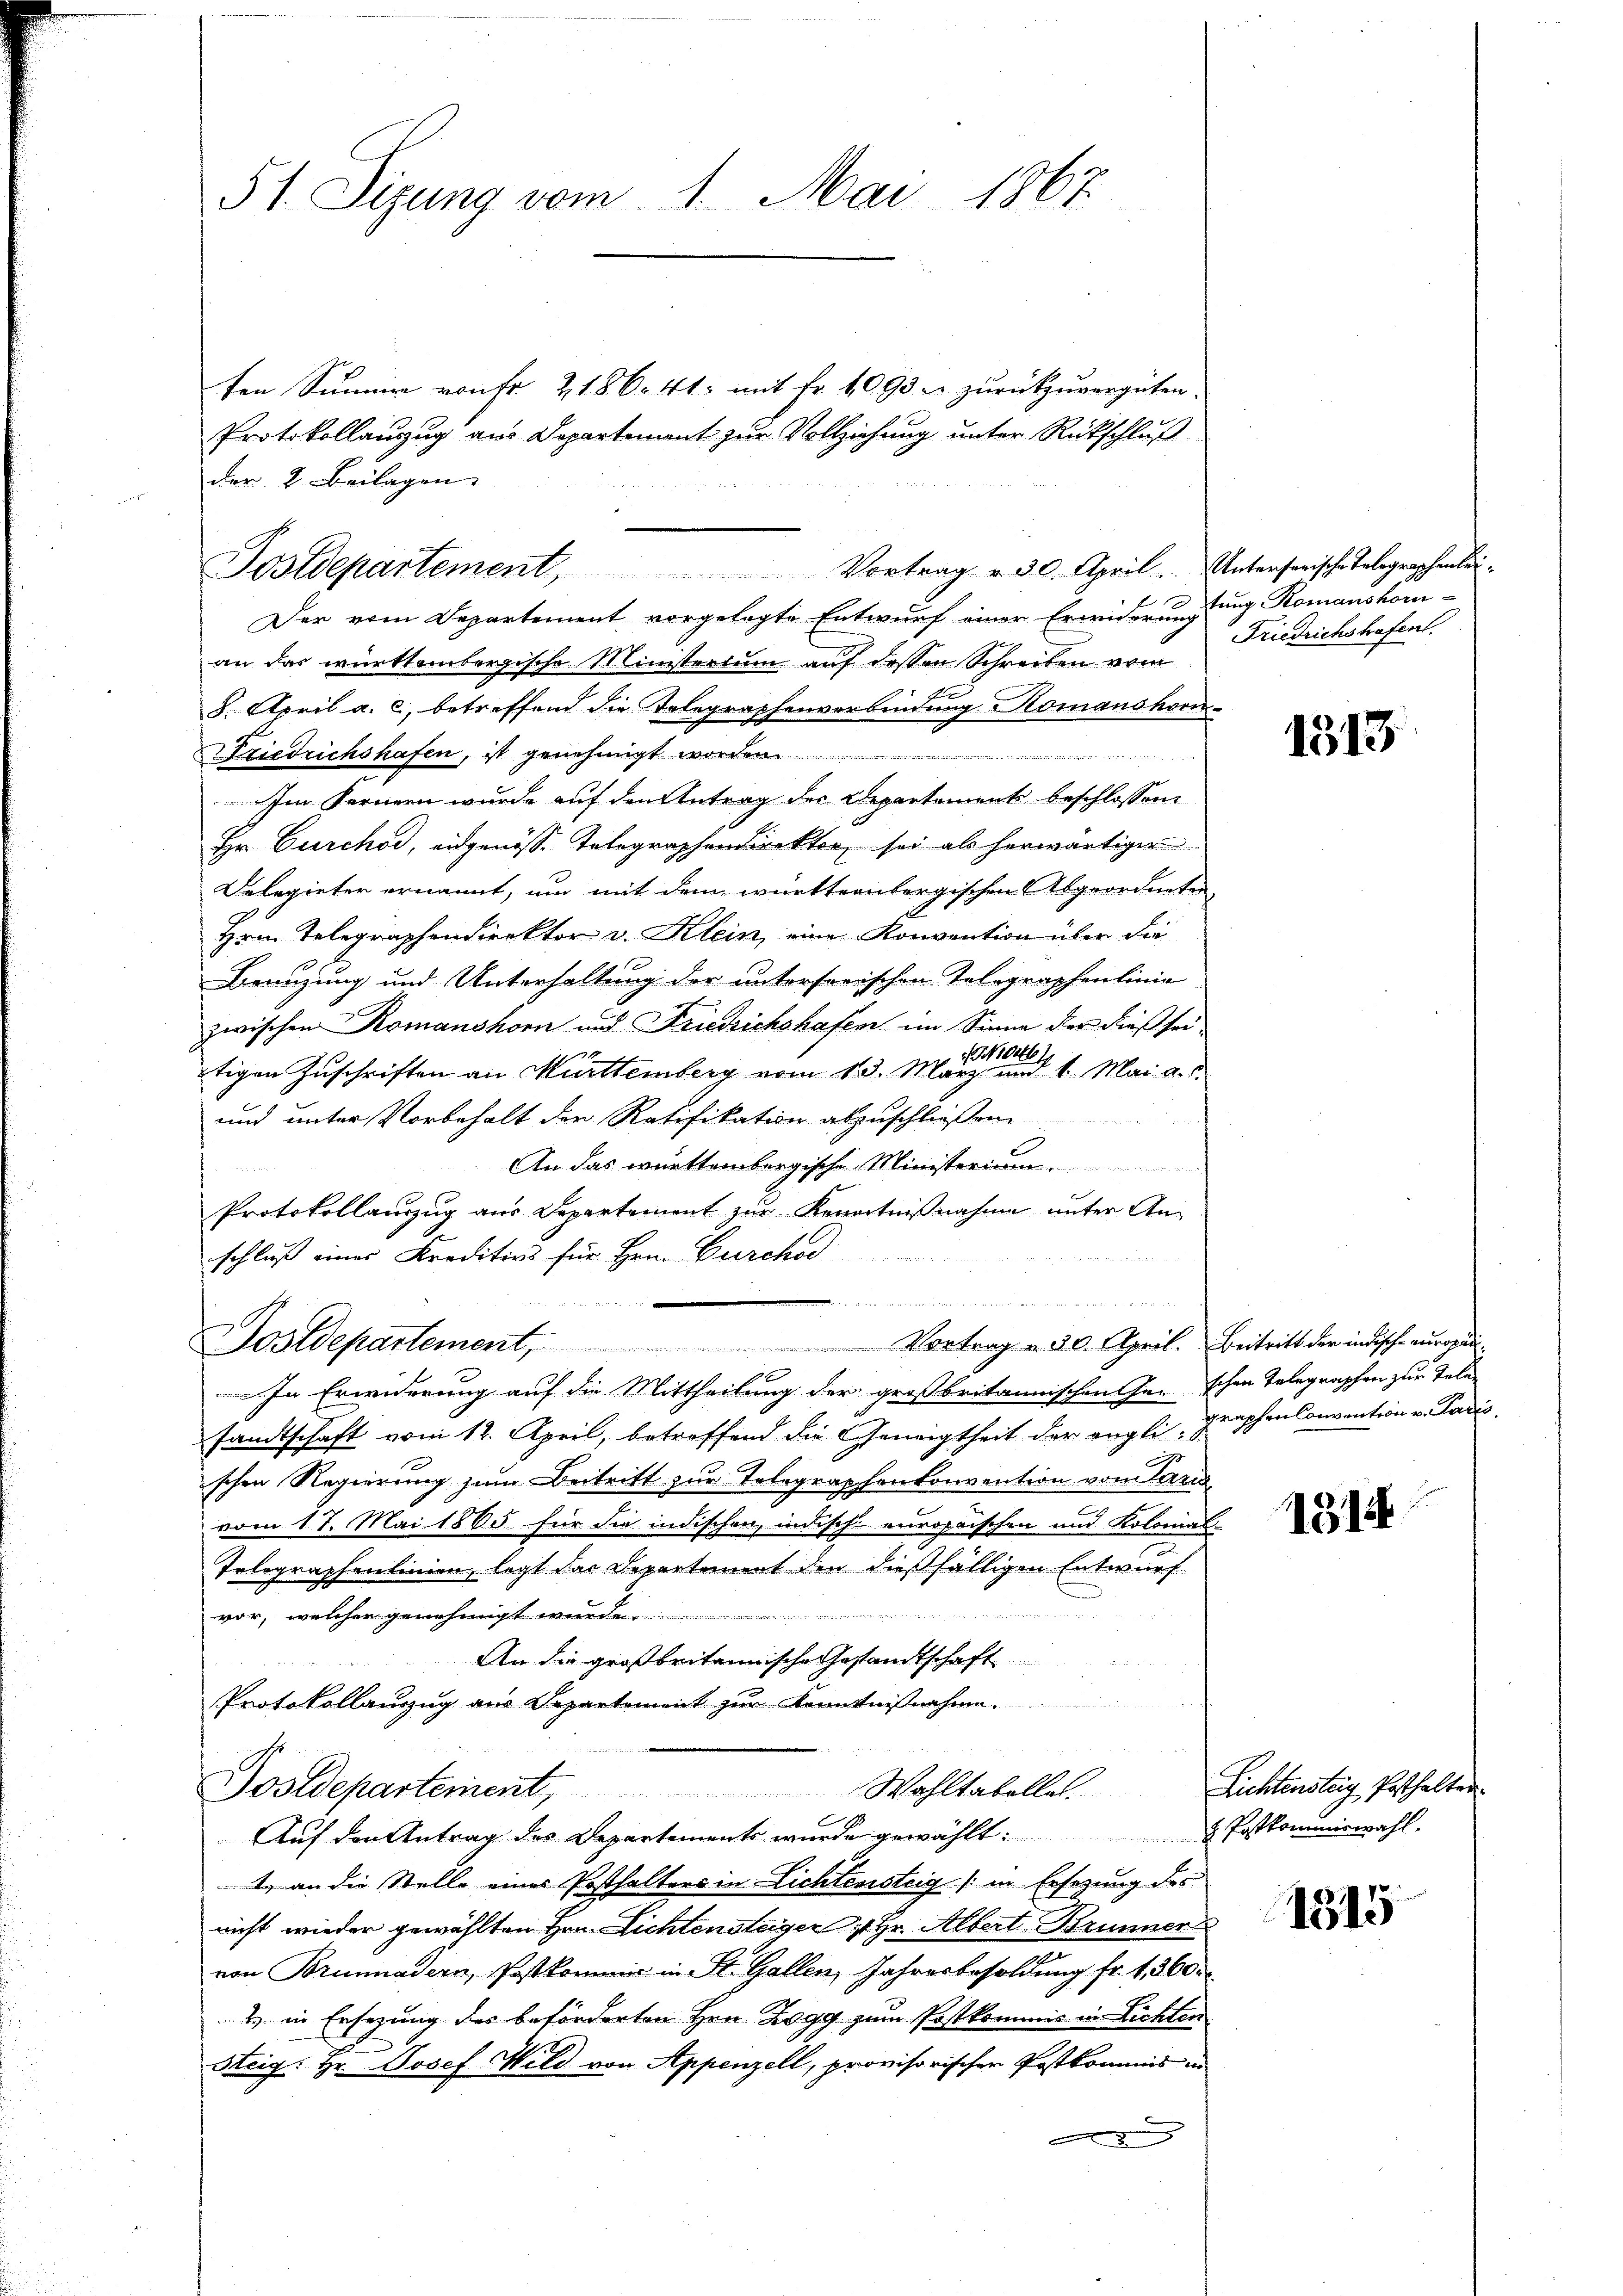
51. Sizung vom 1. Mai 1867

der 2. Beilagen

Postdepartement Vortrag v. 30. April. Untersanische Telegraphenlei

ten Summer von Fr. 2186. 41: mit Fr. 4093 u. zurückzuvergüten.
Der vom Departement vorgelegte Entwurf einer Erwiderung
an das württembergische Ministerium auf dessen Schreiben vom
8. April a. c., betreffend die Telegraphenverbindung Komanshoriedrichshafen, ist genehmigt worden.
Im Fernern wurde auf den Antrag der Departement beschlossen:
Hr. Curchod, eidgenöss. Telegraphendirekten sei als herwärtiger
Delegieter ernannt, um mit dem württernbergischen Abgeordneten
Hrn. Telegraphendirektor v. Klein, eine Konvention über die
Benuzung und Unterhaltung der untersorischen Telegraphenlinie
zwischen Romanshorn und Friedrichshafen im Sinne der dieß seitigen Zuschriften an Württemberg vom 13. März einen 1. Mai a. c.
und unter Vorbehalt der Ratifikation abzuschließen
An das württembergische Ministerium
Protokollanzug aus Departement zŭr Kenntniβnahme unter An-
schluß eines Kreditivs für Hrn. Durcha
Dostdepartement, Vortrag u. 30. April. Beitritt der indische auragun
In Erwiderung auf die Mittheilung der großbritannischen Ger schon Telegraphen zur Telesandtschaft vom 12. April, betreffend die Geneigtheit der engligenschen Convention v. Padis
schen Regierung zum Beitritt zur Telegraphenkonvention von Paris
vom 17. Mai 1865 für die indischen indisch-europaischen und Kolonial-
Telegraphenlinien, legt der Separtement den dießfälligen Entwurf
vor, welcher genehmigt wurde.
er
An die großbritannische Gestandtschaft
Protokollauszug aus Departement zur Kenntnißnahme.
e
Tostdepartement, Wahltabelles. Lichtenstag Posthalter
Auf den Antrag des Departements wurde gewählt. Postkomme
1. an die Stelle eines Posthalters in Lichtensteig (in Ersezung des
nicht wieder gewählten Hrn. Lichtensteigen 4 Hr. Albert Brunner
von Brunnadern, Postkomme in St. Gallen, Jahresbesoldung fr. 1360.
2 in Ersezung des beförderten Hrn. Rogg zum Postkommis in Lichten
Steig: Hr. Josef Wild von Appenzell, provisorischer Postkommis in

Protokollauszug aus Departement zur Vollziehung unter Rückschluß

Otung Romanshor-
Friedrichstrafent

1513

1914

1315